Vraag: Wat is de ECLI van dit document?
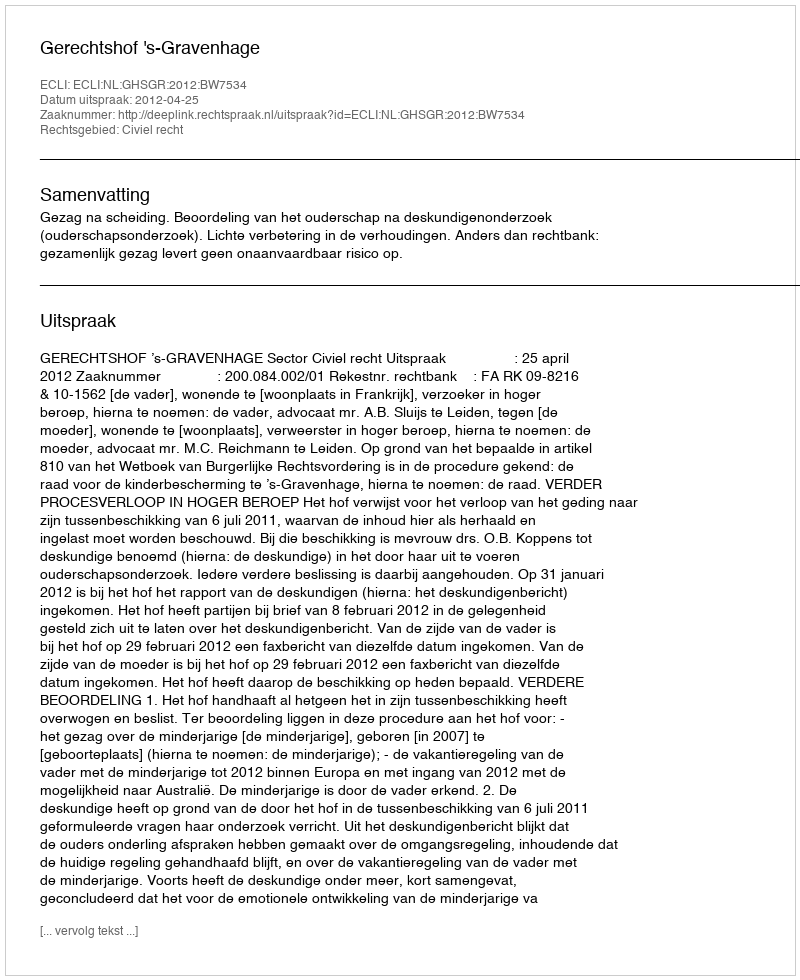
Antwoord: ECLI:NL:GHSGR:2012:BW7534